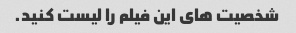
شخصیت های این فیلم را لیست کنید.